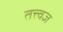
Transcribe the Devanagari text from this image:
तत्त्‍वज्ञ